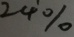
2 4 \%